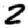
Digit: 2